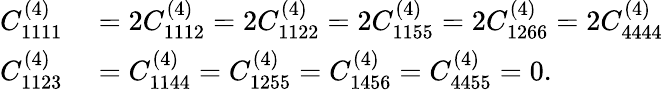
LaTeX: \begin{array}{rl}{C_{1111}^{(4)}}&{{}=2C_{1112}^{(4)}=2C_{1122}^{(4)}=2C_{1155}^{(4)}=2C_{1266}^{(4)}=2C_{4444}^{(4)}}\\ {C_{1123}^{(4)}}&{{}=C_{1144}^{(4)}=C_{1255}^{(4)}=C_{1456}^{(4)}=C_{4455}^{(4)}=0.}\end{array}